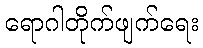
ရောဂါတိုက်ဖျက်ရေး